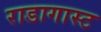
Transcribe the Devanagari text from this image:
राडागास्ट